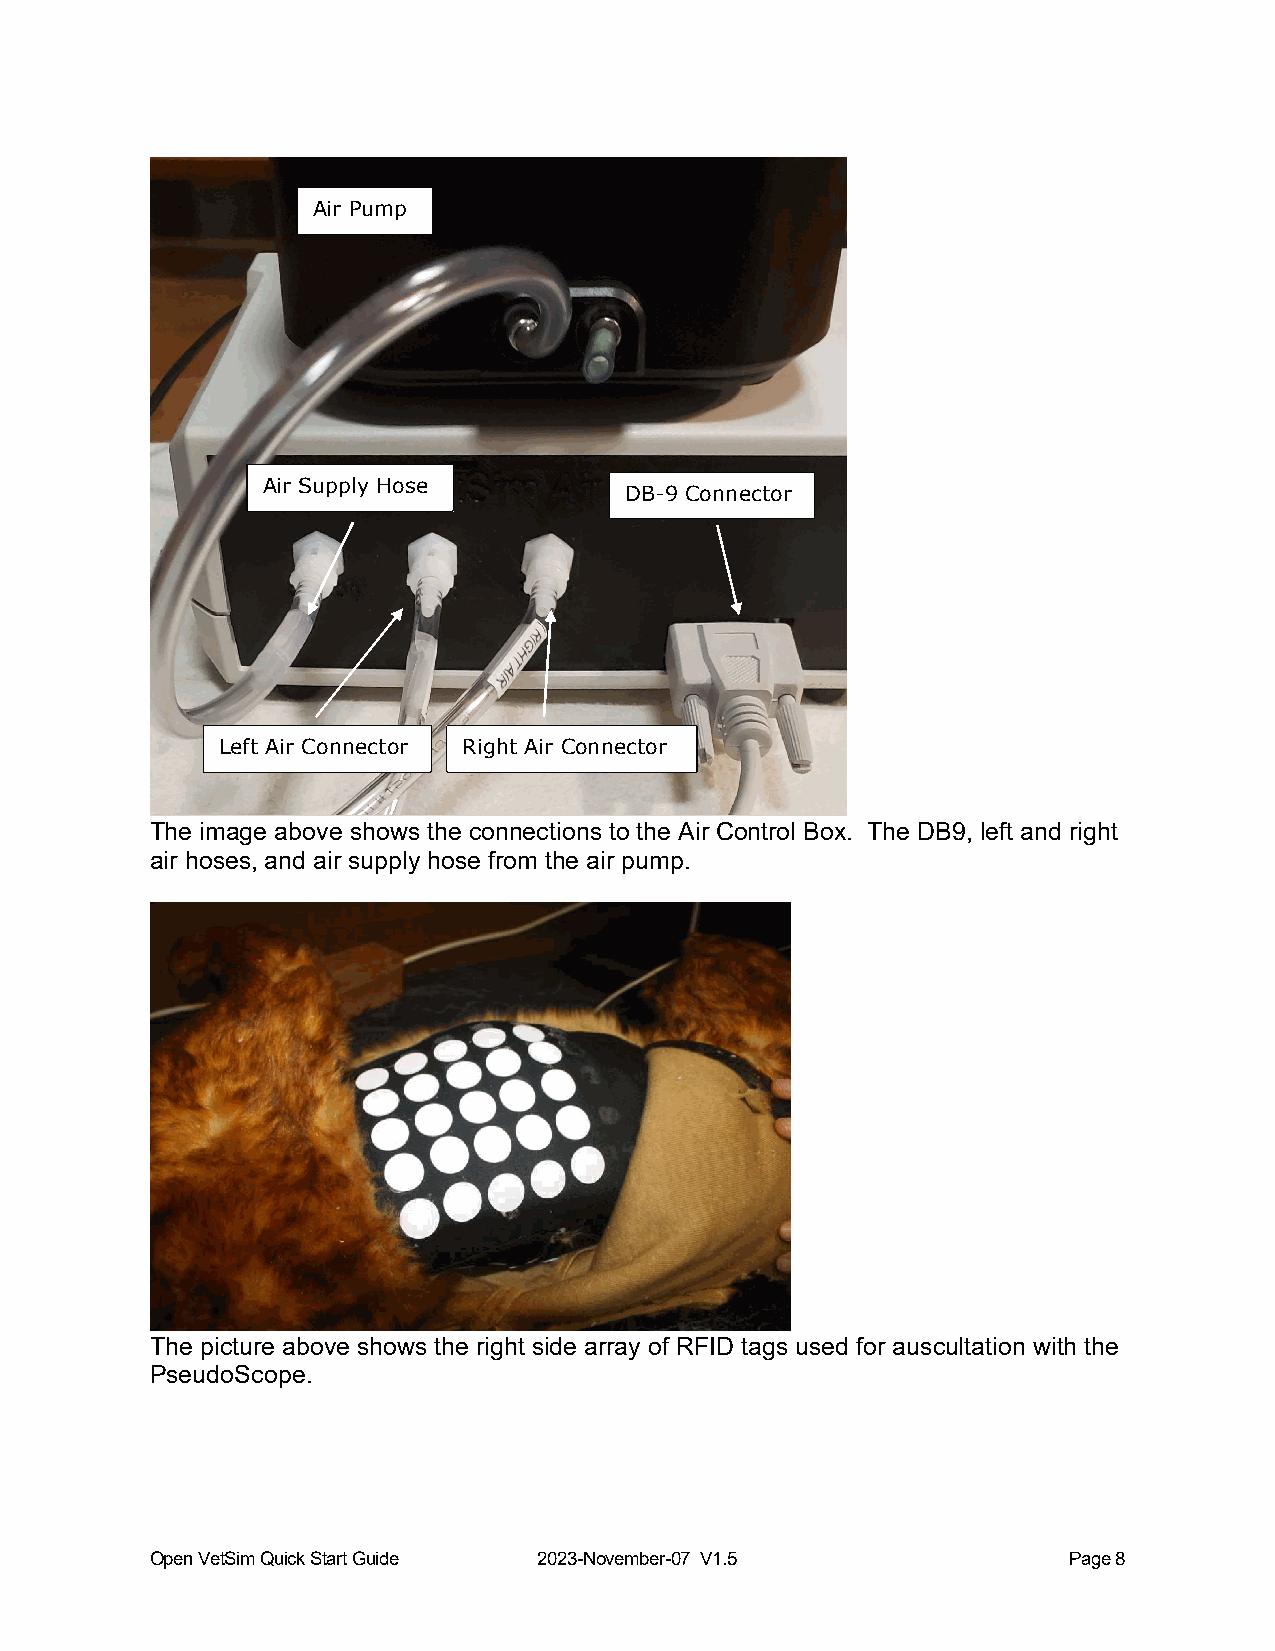
Air Pump
 Air Supply Hose
 DB-9 Connector
 Left Air Connector Right Air Connector
 The image above shows the connections to the Air Control Box. The DB9, left and right
 air hoses, and air supply hose from the air pump.
 The picture above shows the right side array of RFID tags used for auscultation with the
 PseudoScope.
 Open VetSim Quick Start Guide 2023-November-07 V1.5          Page 8